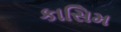
કાસિમ